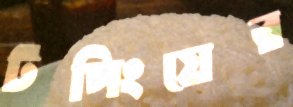
টপিংয়ের